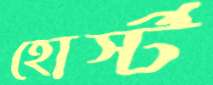
হোর্স্ট